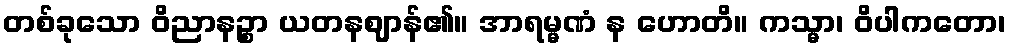
တစ်ခုသော ဝိညာနဉ္စာ ယတနဈာန်၏။ အာရမ္မဏံ န ဟောတိ။ ကသ္မာ၊ ဝိပါကတော၊